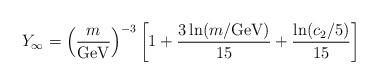
LaTeX: \begin{align*}Y_\infty = \left( \frac{m}{\textrm{GeV}} \right)^{-3} \left[ 1 + \frac{3 \ln(m/\textrm{GeV})}{15} + \frac{\ln(c_2/5)}{15} \right]\end{align*}